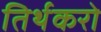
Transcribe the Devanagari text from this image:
तिर्थकरो